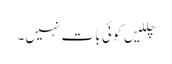
چللیں کوئی بات نہیں۔